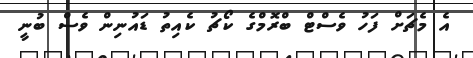
އެ މެޗަށް ފަހު ވެސްޓް ބްރޮމްގެ ކޯޗު ކެއިތު ޑައުނިން ވެސް ބުނީ